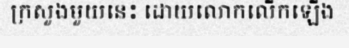
ក្រសួងមួយនេះ ដោយលោកលើកឡើង